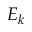
E _ { k }